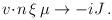
LaTeX: \begin{align*}{v \!\cdot\! n} \, \xi \, \mu \to - i J\, .\end{align*}